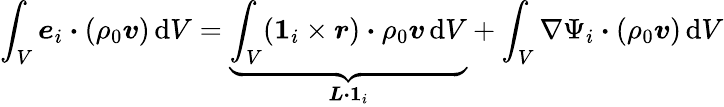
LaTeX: \int_{V}\boldsymbol{e}_{i}\boldsymbol{\cdot}(\rho_{0}\boldsymbol{v})\, \mathrm{d}V=\underbrace{\int_{V}(\boldsymbol{1}_{i}\times\boldsymbol{r})\boldsymbol{\cdot}\rho_{0}\boldsymbol{v}\, \mathrm{d}V}_{\boldsymbol{L}\boldsymbol{\cdot}\boldsymbol{1}_{i}}+\int_{V}\nabla\Psi_{i}\boldsymbol{\cdot}(\rho_{0}\boldsymbol{v})\, \mathrm{d}V